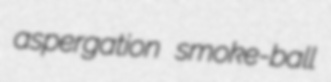
aspergation smoke-ball